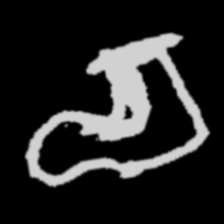
Pyu character \u2014 Myanmar letter: စ (romanized: ca)